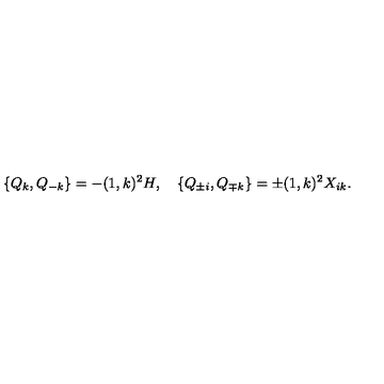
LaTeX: \{ Q _ { k } , Q _ { - k } \} = - ( 1 , k ) ^ { 2 } H , \quad \{ Q _ { \pm i } , Q _ { \mp k } \} = \pm ( 1 , k ) ^ { 2 } X _ { i k } .